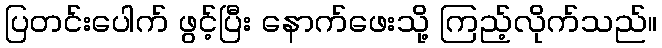
ပြတင်းပေါက် ဖွင့်ပြီး နောက်ဖေးသို့ ကြည့်လိုက်သည်။